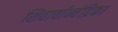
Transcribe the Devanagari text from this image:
शिवार्चान्चंद्रिका